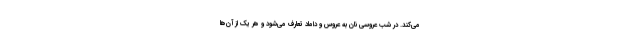
می‌کند. در شب عروسی نان به عروس و داماد تعارف می‌شود و هر یک از آن‌ها